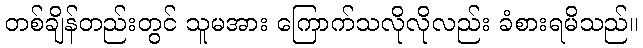
တစ်ချိန်တည်းတွင် သူမအား ကြောက်သလိုလိုလည်း ခံစားရမိသည်။